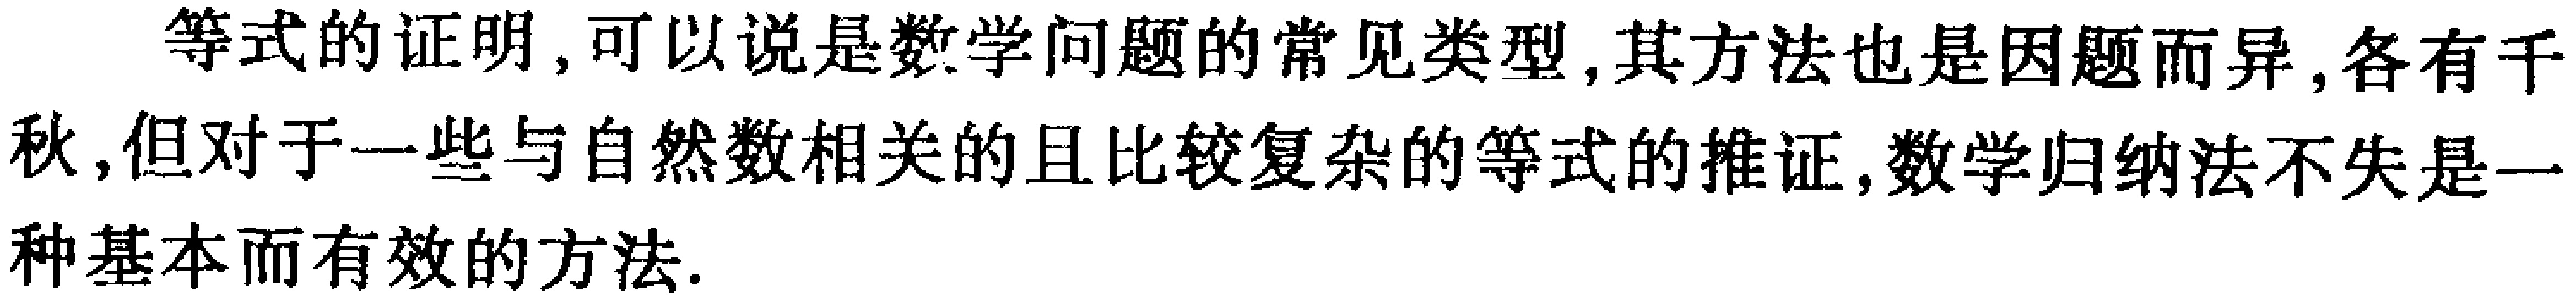
等式的证明,可以说是数学问题的常见类型,其方法也是因题而异,各有千秋,但对于一些与自然数相关的且比较复杂的等式的推证,数学归纳法不失是一种基本而有效的方法.